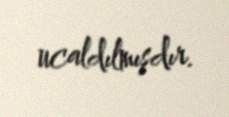
ucaldılmışdır.